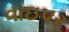
વાઇપર